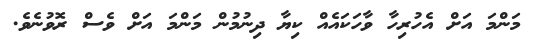
މަންމަ އަށް އެހުރިހާ ވާހަކައެއް ކިޔާ ދިނުމުން މަންމަ އަށް ވެސް ރޮވުނެވެ.